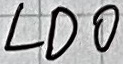
Text: LDO